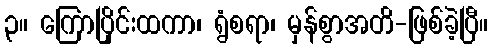
၃။ ကြောပြိုင်းထကာ၊ ရွံစရာ၊ မှန်စွာအတိ-ဖြစ်ခဲ့ပြီ။